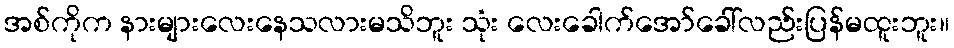
အစ်ကိုက နားများလေးနေသလားမသိဘူး သုံး လေးခေါက်အော်ခေါ်လည်းပြန်မထူးဘူး။